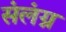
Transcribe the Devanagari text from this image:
संलंग्न